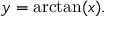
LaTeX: y = \arctan ( x ) .